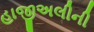
હાજીઅલીની